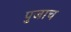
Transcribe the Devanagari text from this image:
पुजाच